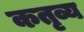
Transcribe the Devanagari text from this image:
कतृव्य